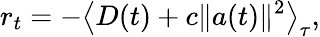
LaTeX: r_{t}=-\left<D(t)+c\| a(t)\| ^{2}\right>_{\tau},